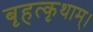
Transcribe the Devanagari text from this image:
बृहत्कृथाम्।